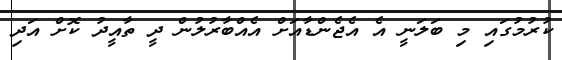
ކުރުމުގައި މި ބަލަނީ އެ އެޖެންޑާއަށް އެއްބާރުލުން ދީ ތާއީދު ކޮށް އަދި